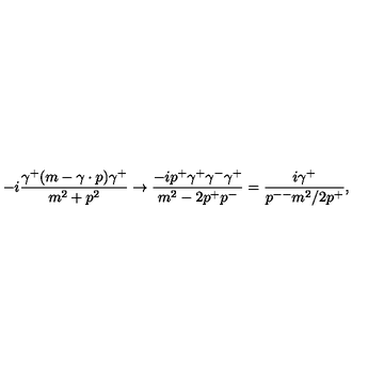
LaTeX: - i { \frac { \gamma ^ { + } ( m - \gamma \cdot p ) \gamma ^ { + } } { m ^ { 2 } + p ^ { 2 } } } \to { \frac { - i p ^ { + } \gamma ^ { + } \gamma ^ { - } \gamma ^ { + } } { m ^ { 2 } - 2 p ^ { + } p ^ { - } } } = { \frac { i \gamma ^ { + } } { p ^ { -- } m ^ { 2 } / 2 p ^ { + } } } ,